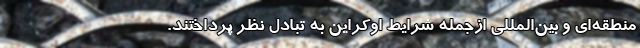
منطقه‌ای و بین‌المللی ازجمله شرایط اوکراین به تبادل نظر پرداختند.